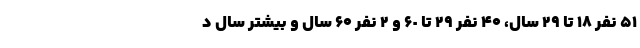
۵۱ نفر ١٨ تا ٢٩ سال، ۴۰ نفر ٢٩ تا ۶٠ و ۲ نفر ۶۰ سال و بیشتر سال د